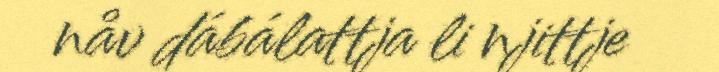
nåv dábálattja li njittje